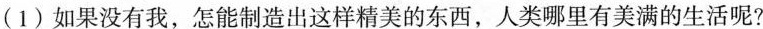
(1)如果没有我，怎能制造出这样精美的东西，人类哪里有美满的生活呢?